Reports on military cantonments and civil stations in the Presidency of Bombay inspected by the Sanitary Commissioner in the years 1875 and 1876
Year: 1875
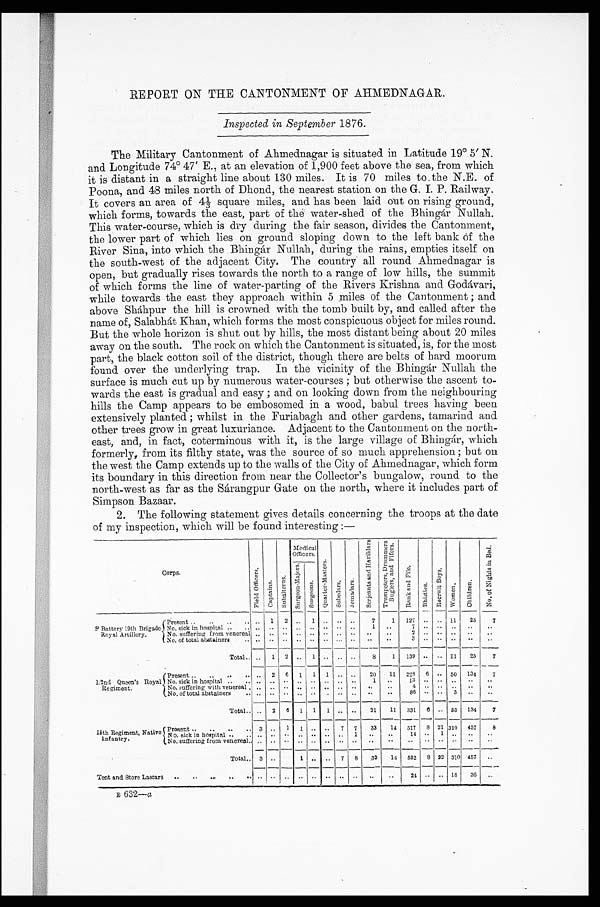
REPORT ON THE CANTONMENT OF AHMEDNAGAR.
Inspected in September 1876.
The Military Cantonment of Ahmednagar is situated in Latitude 19º 5' N.
and Longitude 74º 47' E., at an elevation of 1,900 feet above the sea, from which
it is distant in a straight line about 130 miles. It is 70 miles to the N.E. of
Poona, and 48 miles north of Dhond, the nearest station on the G. I. P. Railway.
It covers an area of 4⅓ square miles, and has been laid out on rising ground,
which forms, towards the east, part of the water-shed of the Bhingár Nullah.
This water-course, which is dry during the fair season, divides the Cantonment,
the lower part of which lies on ground sloping down to the left bank of the
River Sina, into which the Bhingár Nullah, during the rains, empties itself on
the south-west of the adjacent City. The country all round Ahmednagar is
open, but gradually rises towards the north to a range of low hills, the summit
of which forms the line of water-parting of the Rivers Krishna and Godávari,
while towards the east they approach within 5 miles of the Cantonment ; and
above Shápur the hill is crowned with the tomb built by, and called after the
name of, Salabhát Khan, which forms the most conspicuous object for miles round.
But the whole horizon is shut out by hills, the most distant being about 20 miles
away on the south. The rock on which the Cantonment is situated, is, for the most
part, the black cotton soil of the district, though there are belts of hard moorum
found over the underlying trap. In the vicinity of the Bhingár Nullah the
surface is much cut up by numerous water-courses ; but otherwise the ascent to-
wards the east is gradual and easy ; and on looking down from the neighbouring
hills the Camp appears to be embosomed in a wood, babul trees having been
extensively planted ; whilst in the Furiabagh and other gardens, tamarind and
other trees grow in great luxuriance. Adjacent to the Cantonment on the north-
east, and, in fact, coterminous with it, is the large village of Bhingár, which
formerly, from its filthy state, was the source of so much apprehension ; but on
the west the Camp extends up to the walls of the City of Ahmednagar, which form
its boundary in this direction from near the Collector's bungalow, round to the
north-west as far as the Sárangpur Gate on the north, where it includes part of
Simpson Bazaar.
2. The following statement gives details concerning the troops at the date
of my inspection, which will be found interesting :—
Corps.
F i e l d O f f i c e r s .
C a p t a i n s . S u b a l t e r n s .
Medical
Officers.
Q u a r t e r - M a s t e r s .
S u b e d a r s . J e m a d a r s .
S e r j e a n t s a n d H a v i l d a r s
T r u m p e t e r s , D r u m m e r s , B u g l e r s , a n d F i f e r s .
R a n k a n d F i l e .
B h i s t i e s .
R e c r u i t B o y s .
W o m e n .
C h i l d r e n .
N o . o f N i g h t s i n B e d .
S u r g e o n - Ma j o r s .
S u r g e o n s .
Battery 19th Brigade
Royal Artillery.
Present
..
1
2
. . 1
. . . .
. . 7
1 127 .. .. 11
25
7
No. sick in hospital ..
.. .. .. ..
. . . . .. .. ..
1
. .
7
. . . .
. . ..
. .
No. suffering from venereal .. .. ..
. . .. . .
. . . . ..
. .
2
. . . .
. . ..
. .
No. of total abstainers
.. .. . . ..
. . .. .. ..
. . ..
. .
3
. . . .
. . ..
. .
Total .. .. 1 2
. . 1
. . . .
. . 8
1 139 .. . .
1 1 25
7
1/2nd Queen's Royal
R e g i m e n t .
Present ..
..
..
.. .. 2 6 1 1 1 .. ..
20
11 228 6 .. 50 134
7
No. sick in hospital ..
.. .. .. ..
. . . . . . . .
. . 1 .. 13
. . . .
. .
. . . .
No. suffering with venereal . .. .. ..
. . . . . . . .
. .
. .
. . 4
. . . .
. . ..
. .
No. of total abstainers
.. .. .. ..
. . .. . . .. ..
. .
..
86
. . . . 3 ..
..
Total.. .. 2
6 1 1 1
. . . . 21
11 331 6 .. 53 134
7
15th Regiment, Native
Infantry.
P r e s e n t
3
. . 1 1
.. .. 7 7
33
14 517 8 21 310 457
8
No. sick in hospital
. . .. . . ..
. . . . . . . .
1
. .
. .
14
. . 1
. . ..
. .
No. suffering from venereal..
..
. . ..
. . . . . . . .
. .
. .
. .
..
. . . .
. . ..
. .
Total.. 3 ..
1 . . . . 7 8
33
14
5 3 2 8 22 310 457 ..
Tent and Store Lascars
..
. .
..
. . .. .. .. ..
. .
..
24 .. . . 18
36 ..
B 632—a